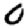
Digit: 0